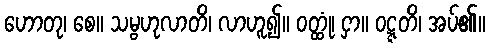
ဟောတု၊ စေ။ သမ္ဗဟုလာတိ၊ လာဟူ၍။ ဝတ္ထုံ၊ ငှာ။ ဝဋ္ဋတိ၊ အပ်၏။